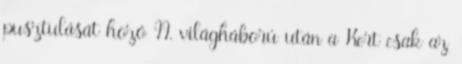
pusztulását hozó II. világháború után a Kert csak az